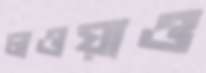
লওয়াও